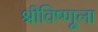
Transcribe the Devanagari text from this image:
श्रीविष्णूला